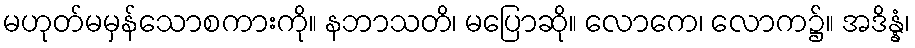
မဟုတ်မမှန်သောစကားကို။ နဘာသတိ၊ မပြောဆို။ လောကေ၊ လောက၌။ အဒိန္နံ၊